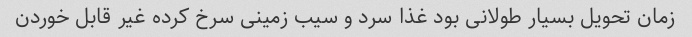
زمان تحویل بسیار طولانی بود غذا سرد و سیب زمینی سرخ کرده غیر قابل خوردن